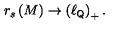
r _ { s } \left( M \right) \rightarrow \left( \ell _ { { \sf Q } } \right) _ { + } .